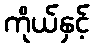
ကိုယ်နှင့်